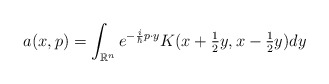
\begin{align*}a(x,p)=\int_{\mathbb{R}^{n}}e^{-\frac{i}{\hbar}p\cdot y}K(x+\tfrac{1}{2}y,x-\tfrac{1}{2}y)dy \end{align*}